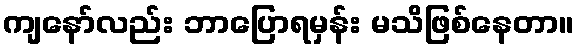
ကျနော်လည်း ဘာပြောရမှန်း မသိဖြစ်နေတာ။